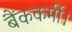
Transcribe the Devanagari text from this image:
बैंककर्मी।